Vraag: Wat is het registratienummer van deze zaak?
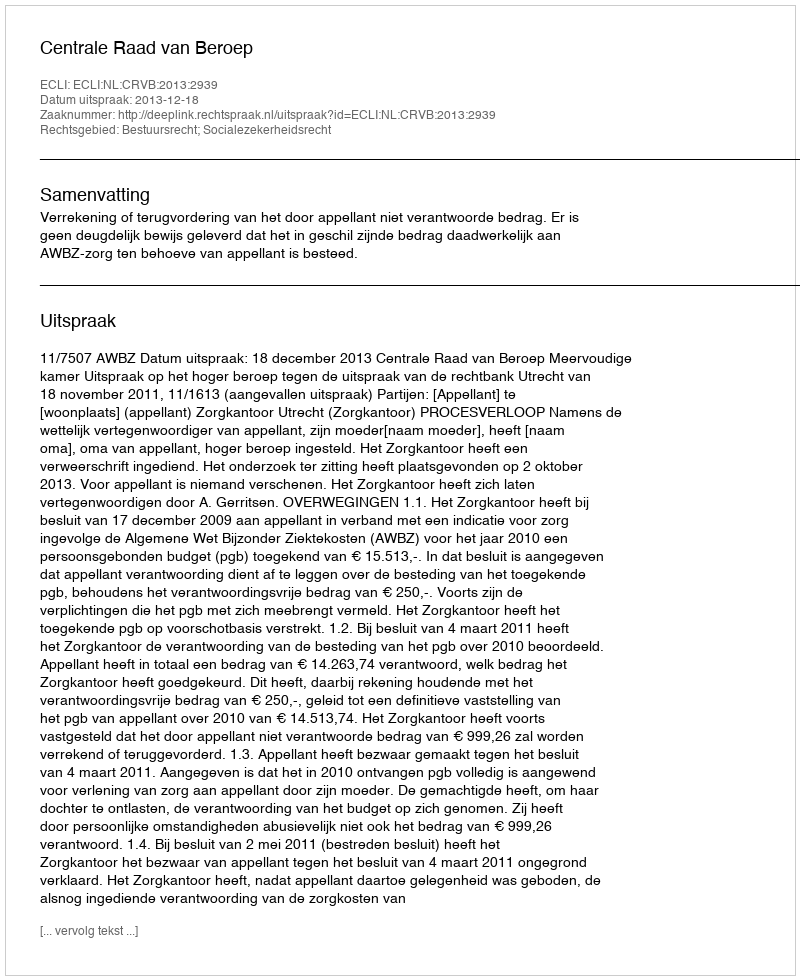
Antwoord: http://deeplink.rechtspraak.nl/uitspraak?id=ECLI:NL:CRVB:2013:2939